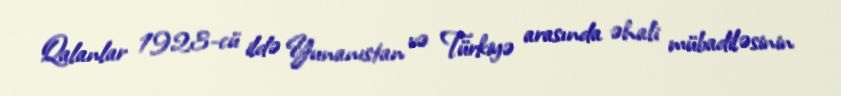
Qalanlar 1923-cü ildə Yunanıstan və Türkiyə arasında əhali mübadiləsinin